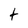
Character: t